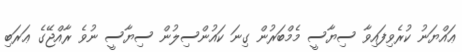
ޢައްޔަނު ކުރެވިފައިވާ ސިޔާސީ މެމްބަރުން ގިނަ ކައުންސިލުން ސިޔާސީ ނުވެ ރާއްޖޭގެ ޢަރަބި